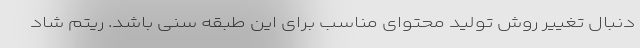
دنبال تغییر روش تولید محتوای مناسب برای این طبقه سنی باشد. ریتم شاد